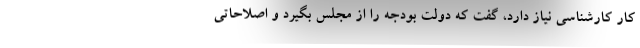
کار کارشناسی نیاز دارد، گفت که دولت بودجه را از مجلس بگیرد و اصلاحاتی